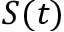
S ( t )